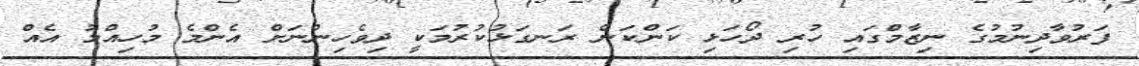
ފަރުވާދިނުމުގެ ނިޒާމްގައި ހުރި ދޯހަޅި ކަންކަން ރަނގަޅުކުރުމަކީ ދިވެހިންނަށް އެންމެ މުހިއްމު އެއް